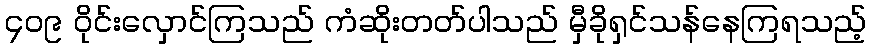
၄၀၉ ဝိုင်းလှောင်ကြသည် ကံဆိုးတတ်ပါသည် မှီခိုရှင်သန်နေကြရသည့်